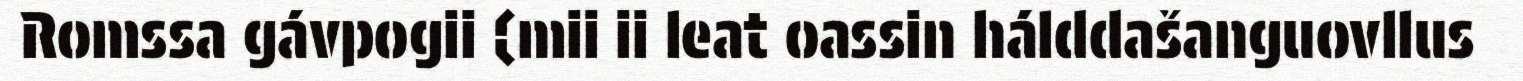
Romssa gávpogii (mii ii leat oassin hálddašanguovllus